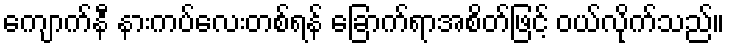
ကျောက်နီ နားကပ်လေးတစ်ရန် ခြောက်ရာအစိတ်ဖြင့် ဝယ်လိုက်သည်။